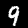
Label: 9